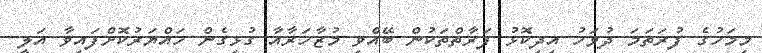
މިމަހުގެ ފުރަތަމަ ދުވަހު އިދިކޮޅު ފަރާތްތަކުން ބޭއްވި މުޒާހަރާއާ ގުޅިގެން ހައްޔަރުކޮށްފައިވާ އަލީ